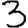
Digit: 3